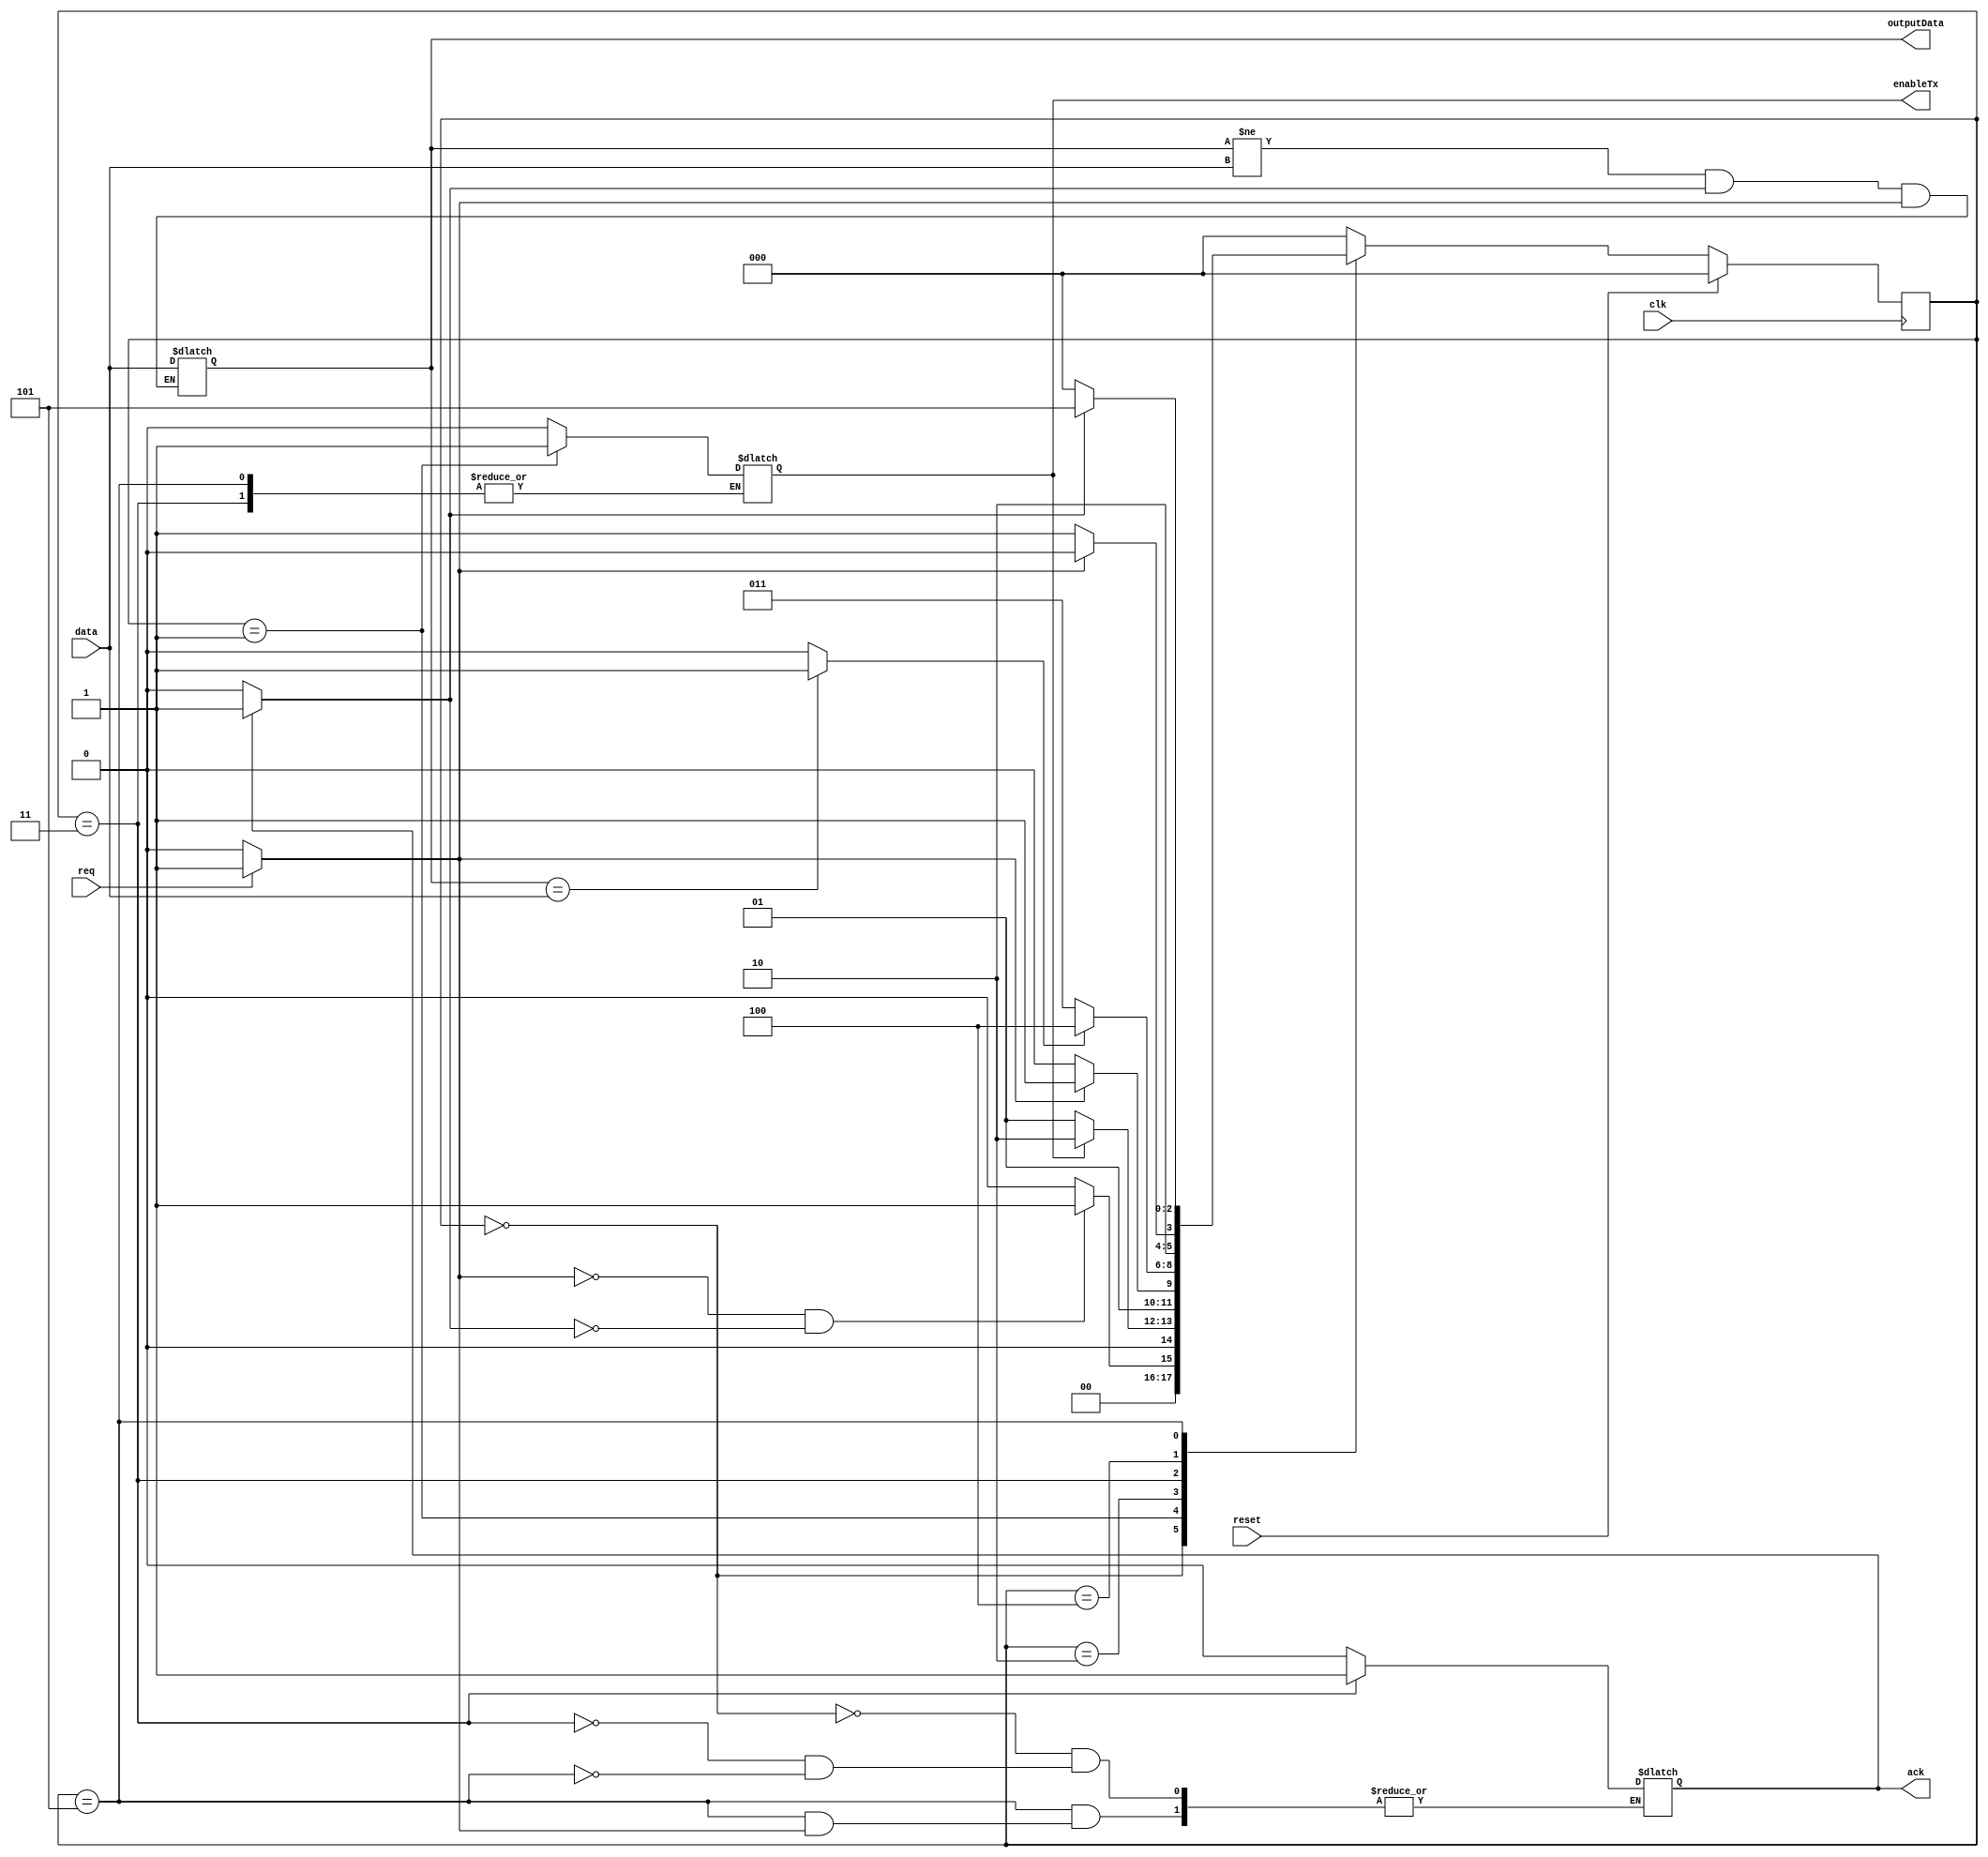
///////////////////////////////////////////////////////////////////////////////////////////////////
// Company: <Name>
//
// File history:
//      <Revision number>: <Date>: <Comments>
//      <Revision number>: <Date>: <Comments>
//      <Revision number>: <Date>: <Comments>
//
// Description: 
//
// <Description here>
//
// Targeted device: <Family::SmartFusion> <Die::A2F200M3F> <Package::484 FBGA>
//
/////////////////////////////////////////////////////////////////////////////////////////////////// 

//`timescale <time_units> / <precision>

module receiver( clk, reset, enableTx, ack, req, data , outputData);
input clk, reset, req;
input [7:0] data;
output reg enableTx, ack;
output [7:0] outputData;

// Define states of State Machine
parameter idle=0, txEnable=1, receiveReq=2, receivedData=3, awaitRegDeassert=4, deassertAck=5;

// Local Variables
reg enable, rxState, reqState, ackState, dataReceived;
reg [2:0] receiverState;
reg [7:0] rxDataReg;

// Initial values
initial
begin
    enable = 0;
    rxState = 0;
    reqState = 0;
    ackState = 0;
    dataReceived = 0;
    receiverState = 2'b0;
    rxDataReg = 7'b0;
end


// Detect and hold the data output from the sender
always @(data or ackState or reqState)
begin
    if((rxDataReg != data) && (ackState == 1) && (reqState == 1))
    begin
        rxDataReg = data;
    end
end

always @(rxDataReg)
begin
    if(rxDataReg == data)
        dataReceived = 1;
    else
        dataReceived = 0;
end


// Receive req state
always @(req)
begin
    if(req == 1)
        reqState = 1;
    else
        reqState = 0;
end


always @(ack)
begin
    if(ack == 1)
        ackState = 1;
    else
        ackState = 0;
end


// Handle state transitions
always @(receiverState)
begin
    case (receiverState)
        idle:
        begin
            enableTx = 0;
            ack = 0;
        end
        txEnable:
            enableTx = 1;
        receivedData:
            ack = 1;
        deassertAck:
            if(reqState == 0)
                ack = 0;
        default:
            enableTx = 0;
    endcase
end


// Define state machine
always @(posedge clk)
begin
    // Handle reset signal being received
    if (reset)
    begin
        receiverState = idle;
    end

    else
    begin
        case (receiverState)
            idle:
                if((reqState == 0) && (ackState == 0))
                    receiverState = txEnable;
                else
                    receiverState = idle;
            txEnable:
                if(enableTx == 1)
                    receiverState = receiveReq;
                else
                    receiverState = txEnable;
            receiveReq:
                if(reqState == 1)
                    receiverState = receivedData;
                else
                    receiverState = receiveReq;
            receivedData:
                if(dataReceived == 1)
                    receiverState = awaitRegDeassert;
                else
                    receiverState = receivedData;
            awaitRegDeassert:
                if(reqState == 0)
                    receiverState = deassertAck;
                else
                    receiverState = awaitRegDeassert;
            deassertAck:
                if(ackState == 0)
                    receiverState = idle;
                else
                    receiverState = deassertAck;
            default:
                    receiverState = idle;    
        endcase
    end
end

assign outputData = rxDataReg;

endmodule